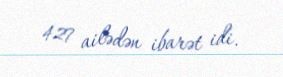
427 ailədən ibarət idi.